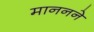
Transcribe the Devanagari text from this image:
माननने